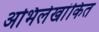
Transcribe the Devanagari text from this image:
अभिलेखांकित